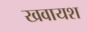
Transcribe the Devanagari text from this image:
खवायश